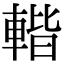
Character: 䡡